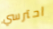
احترسي